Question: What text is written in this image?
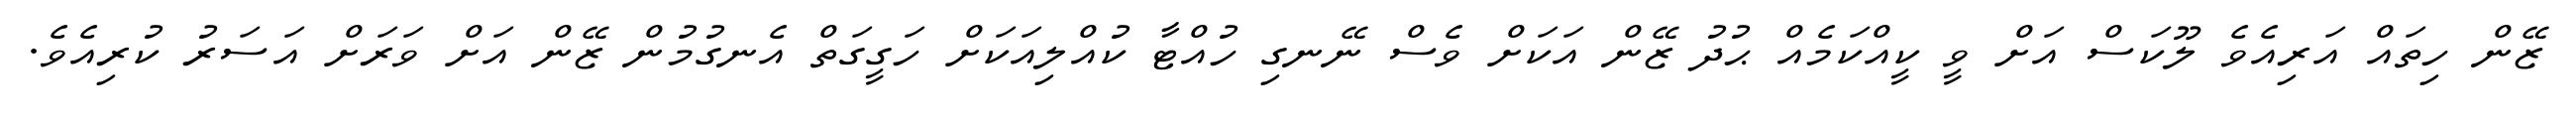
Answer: ޒޭން ހިތައް އަރިއެވެ ލޫކަސް އަށް ވީ ކީއްކަމެއް ޙުދު ޒޭން އަކަށް ވެސް ނޭނގި ހުއްޓާ ކުއްލިއަކަށް ހަގީގަތް އެނގުމުން ޒޭން އަށް ވަރަށް އަސަރު ކުރިއެވެ.